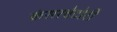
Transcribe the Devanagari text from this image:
कंसरवेटोरी